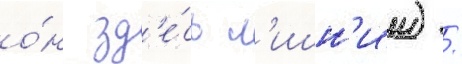
о́н зд'е́сь л'ишн'ии) /